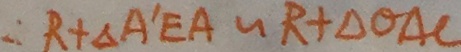
\therefore R + \Delta A ^ { \prime } E A \sim R + \Delta O A C